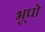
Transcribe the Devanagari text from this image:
भूपो